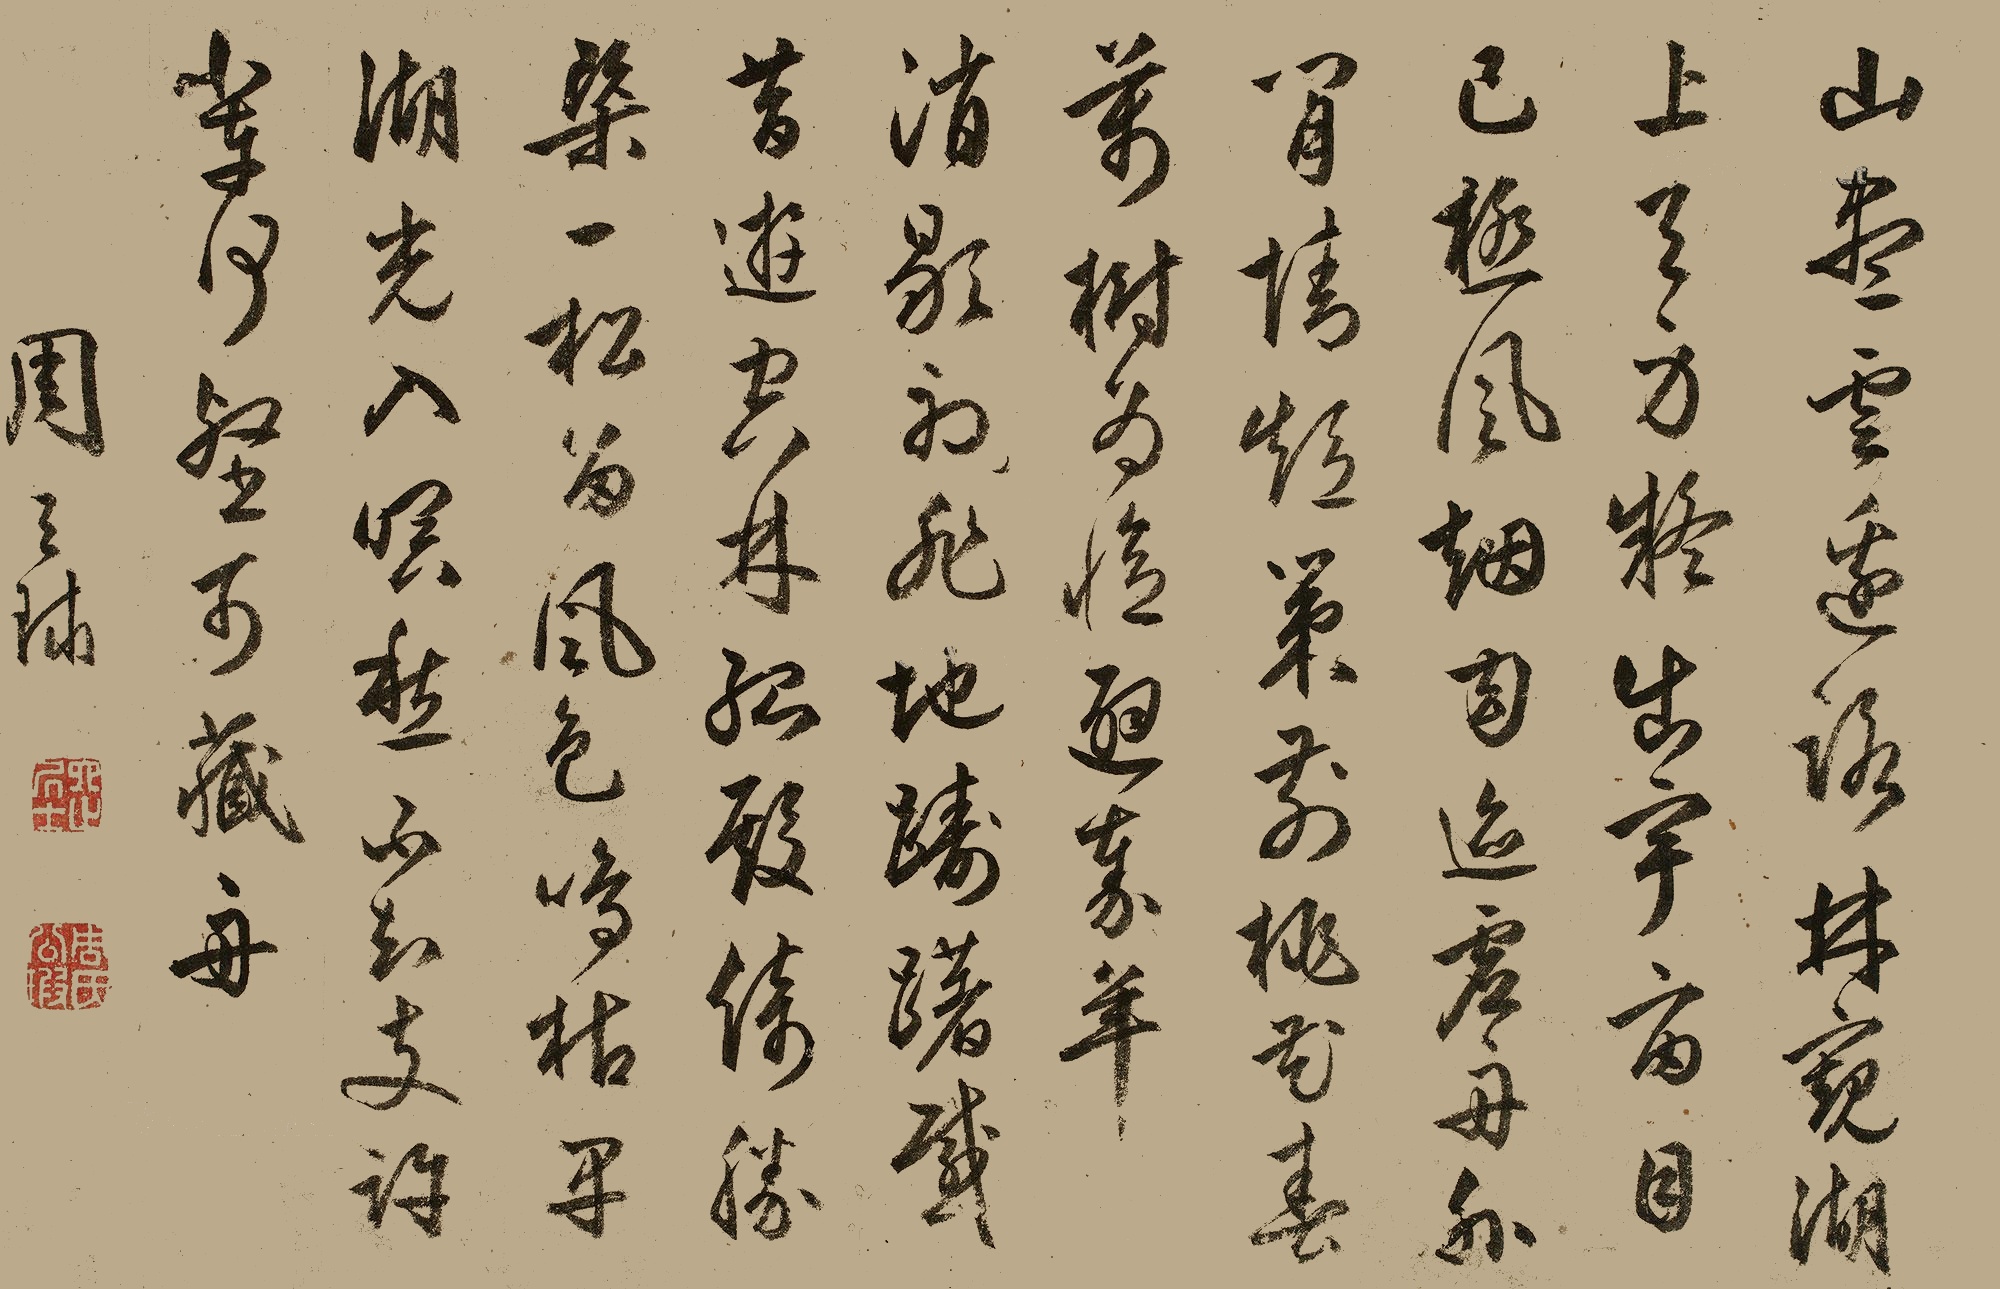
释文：山尽云边路，林窥湖上天。身疑出宇宙，目已极风烟。幻迹虚舟外，闲情短策前。桃花春万树，为忆避秦年。消歇初非地，踌躇感昔游。空林孤殿倚，胜槩一松留。风色鸣枯早，湖光入暝愁。不知支许辈，何壑可藏舟。周天球。